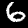
Digit: 6